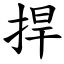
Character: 捍